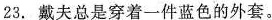
23.戴夫总是穿着一件蓝色的外套。